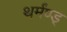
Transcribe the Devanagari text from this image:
थर्मंण्ड्